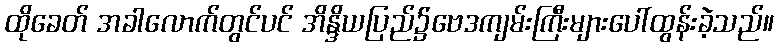
ထိုခေတ် အခါလောက်တွင်ပင် အိန္ဒိယပြည်၌ဗေဒကျမ်းကြီးများပေါ်ထွန်းခဲ့သည်။